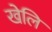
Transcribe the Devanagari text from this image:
खेलि